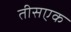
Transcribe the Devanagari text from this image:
तीसएक